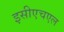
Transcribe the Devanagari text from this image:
इसीएचएल